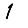
Digit: 1